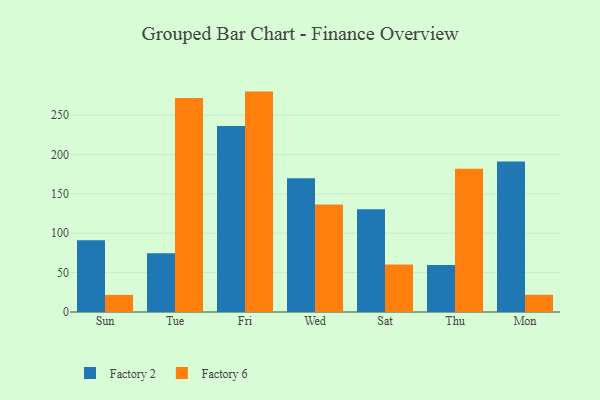
{"axis": {"x": "Day", "y": "Net Income (USD K)"}, "legend": ["Factory 2", "Factory 6"], "data": [{"x": "Sun", "y": 91.0, "type": "Factory 2"}, {"x": "Sun", "y": 21.7, "type": "Factory 6"}, {"x": "Tue", "y": 74.6, "type": "Factory 2"}, {"x": "Tue", "y": 271.7, "type": "Factory 6"}, {"x": "Fri", "y": 236.3, "type": "Factory 2"}, {"x": "Fri", "y": 279.9, "type": "Factory 6"}, {"x": "Wed", "y": 170.0, "type": "Factory 2"}, {"x": "Wed", "y": 136.6, "type": "Factory 6"}, {"x": "Sat", "y": 130.4, "type": "Factory 2"}, {"x": "Sat", "y": 60.2, "type": "Factory 6"}, {"x": "Thu", "y": 59.6, "type": "Factory 2"}, {"x": "Thu", "y": 181.9, "type": "Factory 6"}, {"x": "Mon", "y": 191.0, "type": "Factory 2"}, {"x": "Mon", "y": 21.9, "type": "Factory 6"}]}